Indian journal of veterinary science and animal husbandry - Volumes 24-25, 1954-1955
Year: 1954
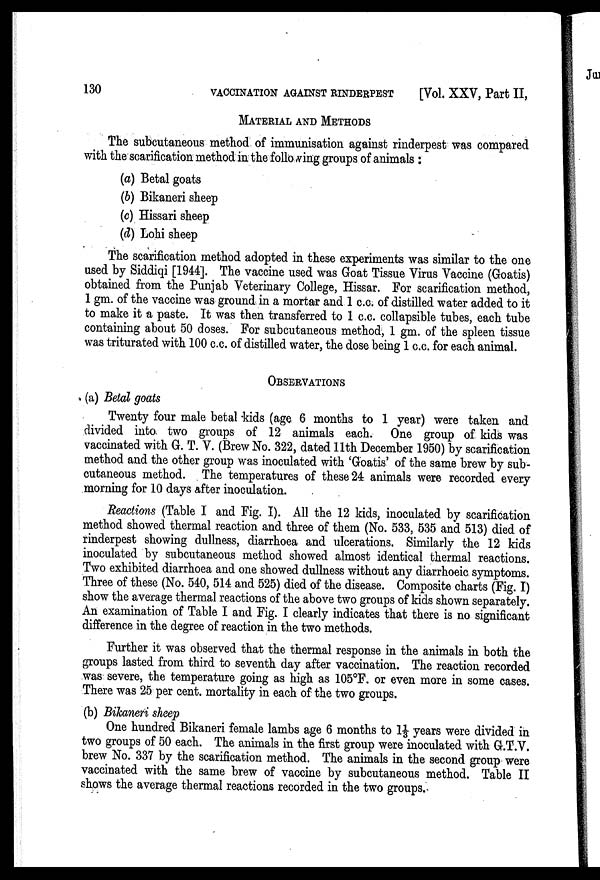
130
VACCINATION AGAINST RINDERPEST [Vol. XXV, Part II,
MATERIAL AND METHODS
The subcutaneous method of immunisation against rinderpest was compared
with the scarification method in the following groups of animals :
(a) Betal goats
(b) Bikaneri sheep
(c) Hissari sheep
(d) Lohi sheep
The scarification method adopted in these experiments was similar to the one
used by Siddiqi [1944]. The vaccine used was Goat Tissue Virus Vaccine (Goatis)
obtained from the Punjab Veterinary College, Hissar. For scarification method,
1 gm. of the vaccine was ground in a mortar and 1 c.c. of distilled water added to it
to make it a paste. It was then transferred to 1 c.c. collapsible tubes, each tube
containing about 50 doses. For subcutaneous method, 1 gm. of the spleen tissue
was triturated with 100 c.c. of distilled water, the dose being 1 c.c. for each animal.
OBSERVATIONS
(a) Betal goats
Twenty four male betal kids (age 6 months to 1 year) were taken and
divided into two groups of 12 animals each. One group of kids was
vaccinated with G. T. V. (Brew No. 322, dated 11th December 1950) by scarification
method and the other group was inoculated with 'Goatis' of the same brew by sub
cutaneous method. The temperatures of these 24 animals were recorded every
morning for 10 days after inoculation.
Reactions (Table I and Fig. I). All the 12 kids, inoculated by scarification
method showed thermal reaction and three of them (No. 533, 535 and 513) died of
rinderpest showing dullness, diarrhoea and ulcerations. Similarly the 12 kids
inoculated by subcutaneous method showed almost identical thermal reactions.
Two exhibited diarrhoea and one showed dullness without any diarrhoeic symptoms.
Three of these (No. 540, 514 and 525) died of the disease. Composite charts (Fig. I)
show the average thermal reactions of the above two groups of kids shown separately.
An examination of Table I and Fig. I clearly indicates that there is no significant
difference in the degree of reaction in the two methods.
Further it was observed that the thermal response in the animals in both the
groups lasted from third to seventh day after vaccination. The reaction recorded
was severe, the temperature going as high as 105°F. or even more in some cases.
There was 25 per cent. mortality in each of the two groups.
(b) Bikaneri sheep
One hundred Bikaneri female lambs age 6 months to 1⅓ years were divided in
two groups of 50 each. The animals in the first group were inoculated with G.T.V.
brew No. 337 by the scarification method. The animals in the second group were
vaccinated with the same brew of vaccine by subcutaneous method. Table II
shows the average thermal reactions recorded in the two groups.